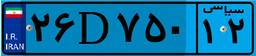
۷۴D۳۲۷۲۸